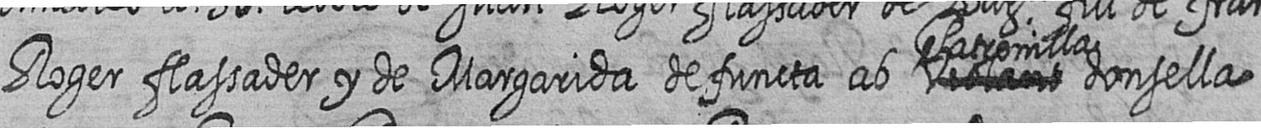
Roger flassader y de Margarida defuncta ab # Patronilla donsella